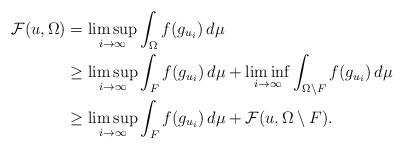
LaTeX: \begin{align*}\mathcal F(u,\Omega) &= \limsup_{i\to\infty}\int_{\Omega}f(g_{u_i})\,d\mu\\ &\ge \limsup_{i\to\infty}\int_{F}f(g_{u_i})\,d\mu+\liminf_{i\to\infty}\int_{\Omega\setminus F}f(g_{u_i})\,d\mu\\ &\ge \limsup_{i\to\infty}\int_{F}f(g_{u_i})\,d\mu+\mathcal F(u,\Omega\setminus F).\end{align*}